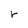
Character: r